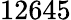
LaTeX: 12645